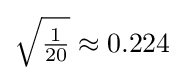
{\sqrt {\tfrac {1}{20}}}\approx 0.224